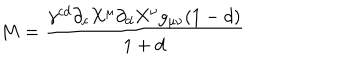
M = \frac { \gamma ^ { c d } \partial _ { c } X ^ { \mu } \partial _ { d } X ^ { \nu } g _ { \mu \nu } ( 1 - d ) } { 1 + d }